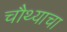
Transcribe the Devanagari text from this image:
चौथ्याचा